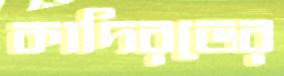
কাদিরভের